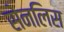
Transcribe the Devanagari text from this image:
सेनलिस